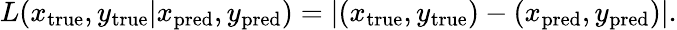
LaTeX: L(x_{\mathrm{{true}}},y_{\mathrm{{true}}}|x_{\mathrm{{pred}}},y_{\mathrm{{pred}}})=|(x_{\mathrm{{true}}},y_{\mathrm{{true}}})-(x_{\mathrm{{pred}}},y_{\mathrm{{pred}}})|.